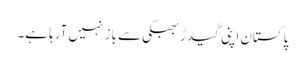
پاکستان اپنی گیدڑ بھبکی سے باز نہیں آرہا ہے۔